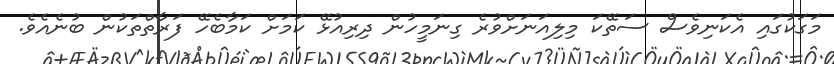
މަގަކުގައި އެކަނިވެސް ސަތޭކަ މިލިއަނަށްވުރެ ގިނަމީހުން ދިރިއުޅޭ ކަމަށް ކަމާބެހޭ ފަރާތްތަކުން ބުނެއެވެ.